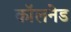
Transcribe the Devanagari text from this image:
कॉलनेड